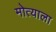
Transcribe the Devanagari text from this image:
मोत्याला